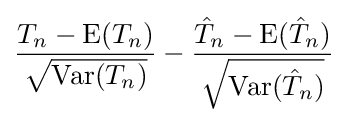
{\frac {T_{n}-\operatorname {E} (T_{n})}{\sqrt {\operatorname {Var} (T_{n})}}}-{\frac {{\hat {T}}_{n}-\operatorname {E} ({\hat {T}}_{n})}{\sqrt {\operatorname {Var} ({\hat {T}}_{n})}}}